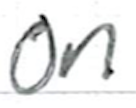
Text: on
Cross-out: clean
Writing tool: ballpoint